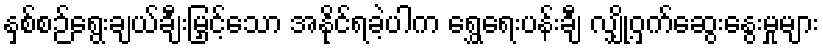
နှစ်စဉ်ရွေးချယ်ချီးမြှင့်သော အနိုင်ရခဲ့ပါက ရွှေရေးပန်းချီ လျှို့ဝှက်ဆွေးနွေးမှုများ